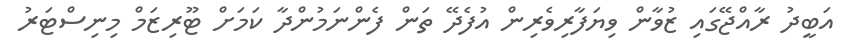
އަބީދު ރާއްޖޭގައި ޒުވާން ވިޔަފާރިވެރިން އުފެދޭ ތަން ފެންނަމުންދާ ކަމަށް ޓޫރިޒަމް މިނިސްޓަރު